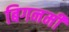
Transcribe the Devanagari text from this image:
बिगनमी